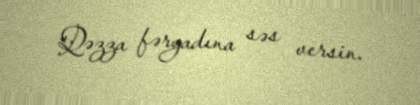
Qəzza fəryadına səs versin.